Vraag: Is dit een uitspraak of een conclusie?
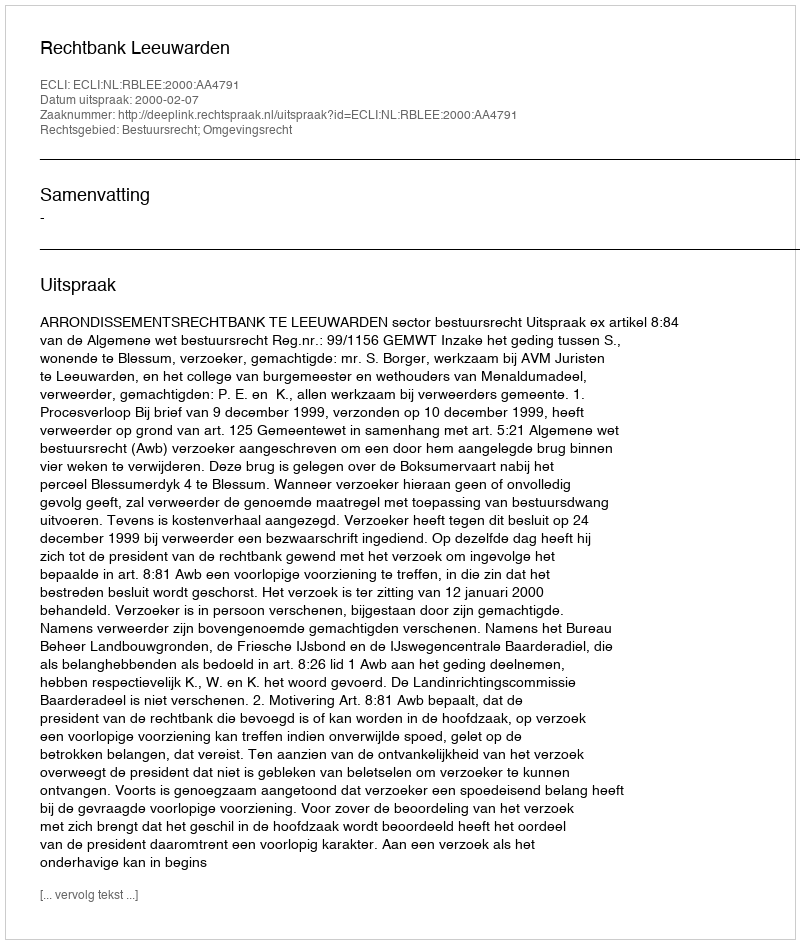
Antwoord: Uitspraak